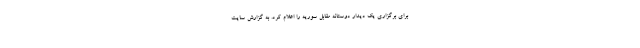
برای برگزاری یک دیدار دوستانه مقابل سوریه را اعلام کرد. به گزارش سایت